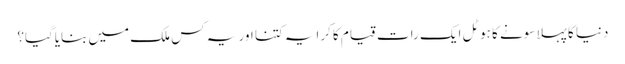
دنیا کا پہلا سونے کا ہوٹل ایک رات قیام کا کرایہ کتنا اور یہ کس ملک میں بنایاگیا؟